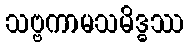
သဗ္ဗကာမသမိဒ္ဓဿ